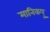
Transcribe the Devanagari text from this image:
मानिकपु